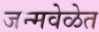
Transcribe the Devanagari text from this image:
जन्मवेळेत